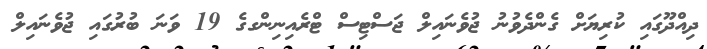
ދިއްދޫގައި ކުރިޔަށް ގެންދެވުނު ޖުވެނައިލް ޖަސްޓިސް ޓްރެއިނިންގގެ 19 ވަނަ ބުރުގައި ޖުވެނައިލް